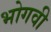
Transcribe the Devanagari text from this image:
भोगवी